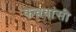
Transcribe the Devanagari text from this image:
कचवांसी